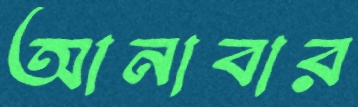
আনাবার